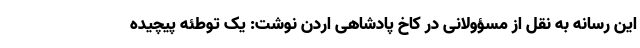
این رسانه به نقل از مسؤولانی در کاخ پادشاهی اردن نوشت: یک توطئه پیچیده